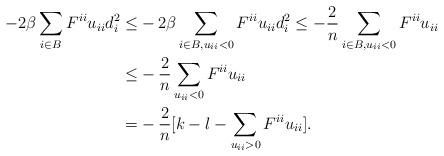
LaTeX: \begin{align*}- 2\beta \sum\limits_{i \in B} {F^{ii} u_{ii} d_i ^2 } \leq& - 2\beta \sum\limits_{i \in B, u_{ii} < 0} {F^{ii} u_{ii} d_i ^2 }\leq - \frac{2}{n}\sum\limits_{i \in B,u_{ii} < 0} {F^{ii} u_{ii} } \\\leq& - \frac{2}{n}\sum\limits_{u_{ii} < 0} {F^{ii} u_{ii} } \\=&- \frac{2}{n}[k-l - \sum\limits_{u_{ii} > 0} {F^{ii} u_{ii} }].\end{align*}